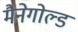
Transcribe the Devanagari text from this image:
मैनेगोल्ड